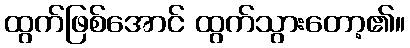
ထွက်ဖြစ်အောင် ထွက်သွားတော့၏။